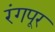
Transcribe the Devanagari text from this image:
रंगपूर